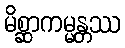
မိစ္ဆာကမ္မန္တဿ